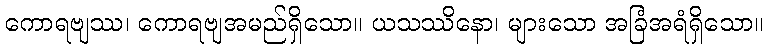
ကောရဗျဿ၊ ကောရဗျအမည်ရှိသော။ ယသဿိနော၊ များသော အခြံအရံရှိသော။